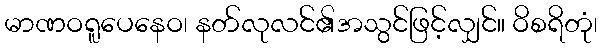
မာဏဝရူပေနေဝ၊ နတ်လုလင်၏အသွင်ဖြင့်လျှင်။ ဝိစရိတုံ၊